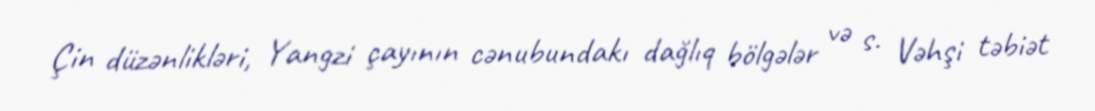
Çin düzənlikləri, Yangzi çayının cənubundakı dağlıq bölgələr və s. Vəhşi təbiət